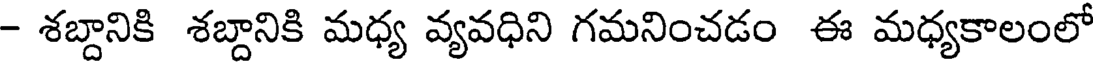
- శబ్దానికి శబ్దానికి మధ్య వ్యవధిని గమనించడం ఈ మధ్యకాలంలో